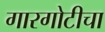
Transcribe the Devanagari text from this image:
गारगोटीचा